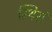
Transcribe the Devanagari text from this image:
स्थिरां